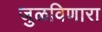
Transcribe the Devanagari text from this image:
जुळविणारा